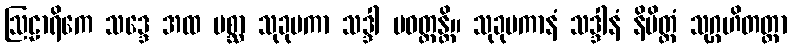
ဩဠာရိကေ သဒ္ဒေ အထ ပစ္ဆာ သုခုမကာ သဒ္ဒါ ပဝတ္တန္တိ။ သုခုမကာနံ သဒ္ဒါနံ နိမိတ္တံ သုဂ္ဂဟိတတ္တာ